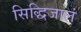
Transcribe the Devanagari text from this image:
सिद्धिजालं